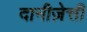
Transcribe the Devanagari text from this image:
दानीज़ेत्ती